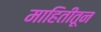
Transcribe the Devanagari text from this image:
माहितीतून